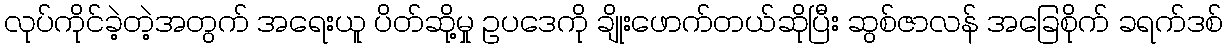
လုပ်ကိုင်ခဲ့တဲ့အတွက် အရေးယူ ပိတ်ဆို့မှု ဥပဒေကို ချိုးဖောက်တယ်ဆိုပြီး ဆွစ်ဇာလန် အခြေစိုက် ခရက်ဒစ်